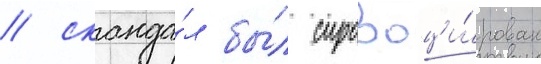
/ сканда́л бы́л спровоци́рован